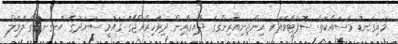
މައިގަނޑު މަސައްކަތް: ސޮފްޓްވެއަރ އިންޖިނިއަރިންގގެ ދާއިރާއިން ދިވެހިރާއްޖޭގެ ޤައުމީ ސަނަދުގެ އޮނިގަނޑުގެ ލެވެލް